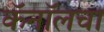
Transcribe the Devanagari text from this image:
कॅनॉलचा